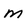
Character: M